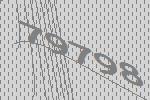
79798